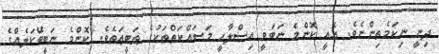
ދިނީ ނިކަމެތިންނެވެ. އެއީ ކޮންމެ ނަބަވީ އިޞްލާޙީ މަސައްކަތްތަކުގެ ޠަބީޢަތެވެ. ކޮންމެ ނަބީބޭކަލެއްގެ